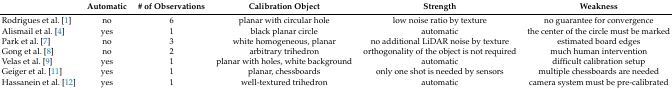
|  | Automatic | # of Observations | Calibration Object | Strength | Weakness |
 | --- | --- | --- | --- | --- | --- |
 | Rodrigues et al. [1] | no | 6 | planar with circular hole | low noise ratio by texture | no guarantee for convergence |
 | Alismail et al. [4] | yes | 1 | black planar circle | automatic | the center of the circle must be marked |
 | Park et al. [7] | no | 3 | white homogeneous, planar | no additional LiDAR noise by texture | estimated board edges |
 | Gong et al. [8] | no | 2 | arbitrary trihedron | orthogonality of the object is not required | much human intervention |
 | Velas et al. [9] | yes | 1 | planar with holes, white background | automatic | difficult calibration setup |
 | Geiger et al. [11] | yes | 1 | planar, chessboards | only one shot is needed by sensors | multiple chessboards are needed |
 | Hassanein et al. [12] | yes | 1 | well-textured trihedron | automatic | camera system must be pre-calibrated |